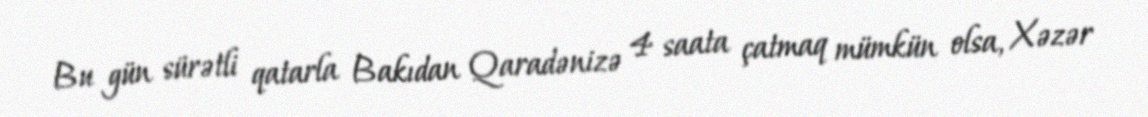
Bu gün sürətli qatarla Bakıdan Qaradənizə 4 saata çatmaq mümkün olsa, Xəzər